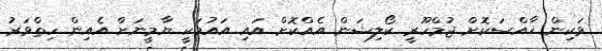
ވަކިން ޚާއްސަކޮށް ޖުމްހޫރީ ކޯލިޝަން އެއްކޮށް އައި އައުމަކީ ޔާމީނަށް އެއިން ހިތްވަރު